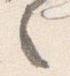
之